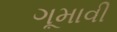
ગૂમાવી